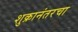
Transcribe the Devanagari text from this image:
शुक्रानंतरचा